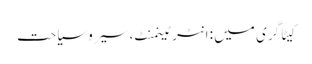
کیٹاگری میں : انٹرٹینمنٹ، سیر و سیاحت